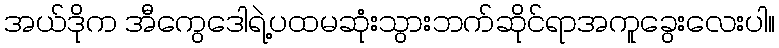
အယ်ဒိုက အီကွေဒေါရဲ့ပထမဆုံးသွားဘက်ဆိုင်ရာအကူခွေးလေးပါ။